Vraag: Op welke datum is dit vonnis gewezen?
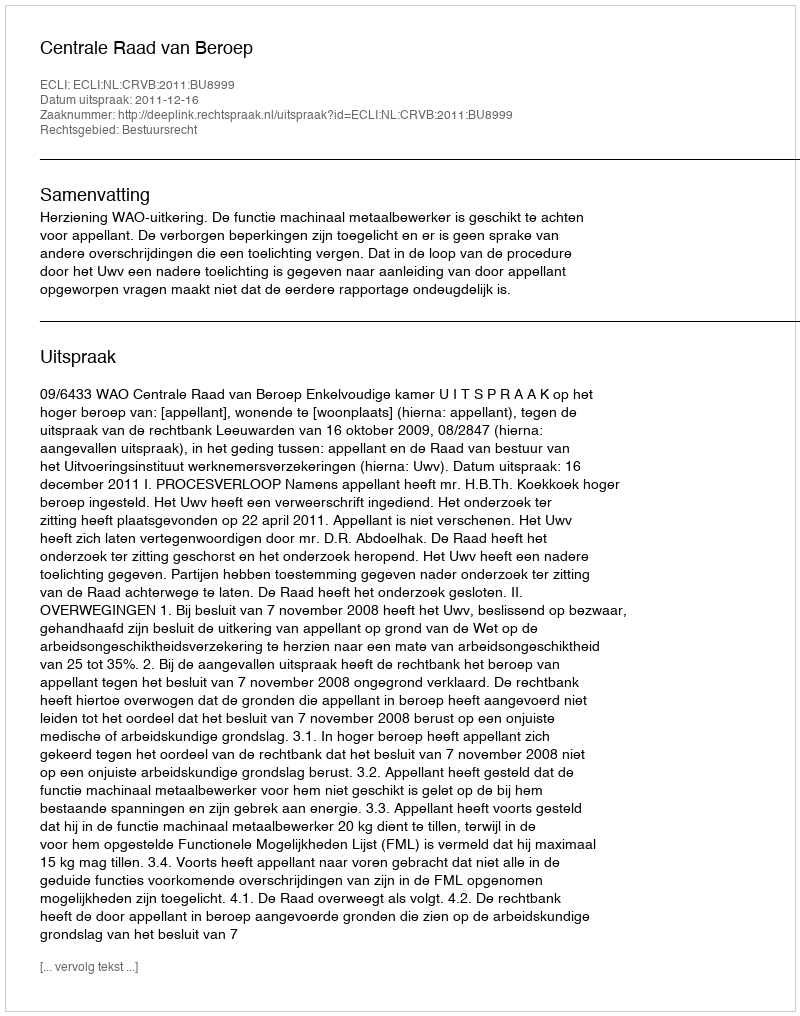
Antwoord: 2011-12-16